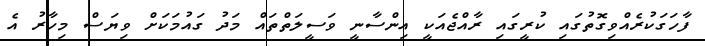
ފާހަގަކުރެއްވިގޮތުގައި ކުރީގައި ރާއްޖެއަކީ އިންސާނީ ވަސީލަތްތައް މަދު ގައުމަކަށް ވިޔަސް މިހާރު އެ